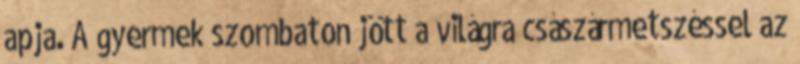
apja. A gyermek szombaton jött a világra császármetszéssel az